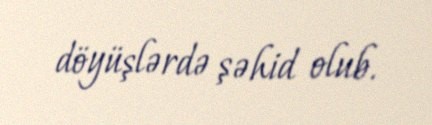
döyüşlərdə şəhid olub.